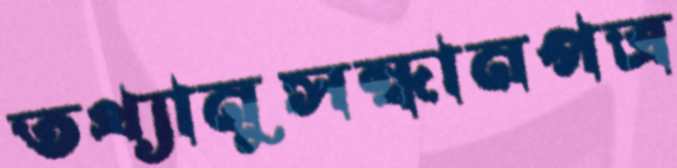
তথ্যানুসন্ধানপত্র